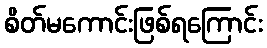
စိတ်မကောင်းဖြစ်ရကြောင်း